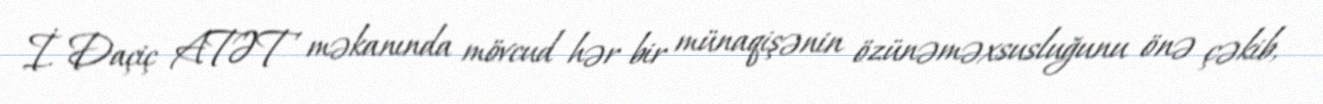
İ. Daçiç ATƏT məkanında mövcud hər bir münaqişənin özünəməxsusluğunu önə çəkib,